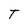
Character: T